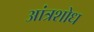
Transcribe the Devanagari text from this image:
आंत्रशोध